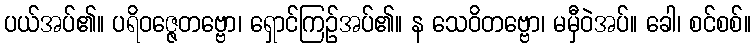
ပယ်အပ်၏။ ပရိဝဇ္ဇေတဗ္ဗော၊ ရှောင်ကြဉ်အပ်၏။ န သေဝိတဗ္ဗော၊ မမှီဝဲအပ်။ ခေါ၊ စင်စစ်။